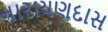
નારાયણદાસ